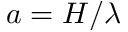
a = H / \lambda